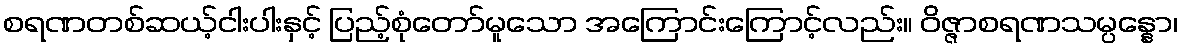
စရဏတစ်ဆယ့်ငါးပါးနှင့် ပြည့်စုံတော်မူသော အကြောင်းကြောင့်လည်း။ ဝိဇ္ဇာစရဏသမ္ပန္နော၊